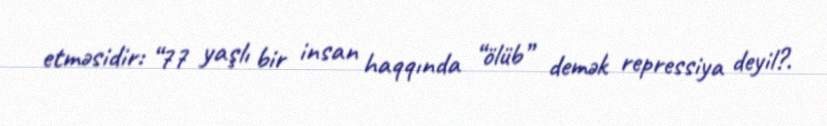
etməsidir: “77 yaşlı bir insan haqqında “ölüb” demək repressiya deyil?.